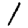
Digit: 1